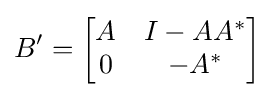
B'={\begin{bmatrix}A&I-AA^{*}\\0&-A^{*}\end{bmatrix}}